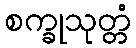
စက္ခုသုတ္တံ